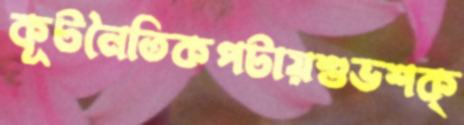
কূটনৈতিকপটায়শুভশক্